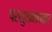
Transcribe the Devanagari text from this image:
परशुरामावतार